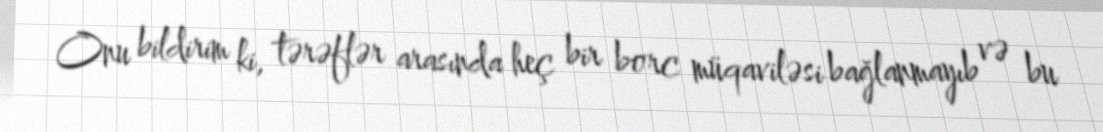
Onu bildirim ki, tərəflər arasında heç bir borc müqaviləsi bağlanmayıb və bu